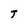
Character: T